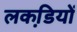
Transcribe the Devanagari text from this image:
लकडि़यों